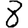
Digit: 8